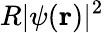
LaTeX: R|\psi(\textbf{r})|^{2}